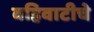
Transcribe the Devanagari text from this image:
वहिवाटीचे